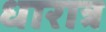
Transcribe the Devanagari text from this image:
धारात्र